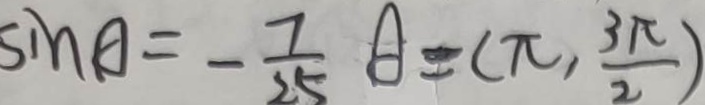
\sin A = - \frac { 7 } { 2 5 } A = ( \pi , \frac { 3 \pi } { 2 } )